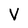
Character: V